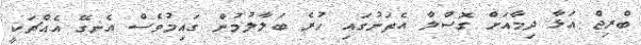
ބްރިޖް އަޅާ ދިމާއަށް ގޮސްލާ އެތަނުގައި ހުރެ ބަލާލުމުން ގައިމުވެސް އެނގޭ އެއްޗަކީ